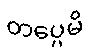
တပ္ပေမိ